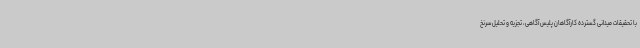
با تحقیقات میدانی گسترده کارآگاهان پلیس آگاهی، تجزیه و تحلیل سرنخ